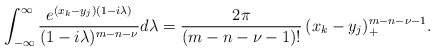
\begin{align*}\int_{-\infty}^{\infty} \frac{e^{(x_k-y_j) (1-i\lambda)}}{(1-i \lambda)^{m-n-\nu}} d \lambda= \frac{2\pi}{(m-n-\nu-1)!} \, (x_k - y_j)_+^{m-n-\nu-1}.\end{align*}